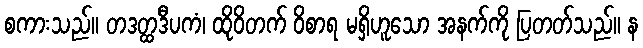
စကားသည်။ တဒတ္ထဒီပကံ၊ ထိုဝိတက် ဝိစာရ မရှိဟူသော အနက်ကို ပြတတ်သည်။ န